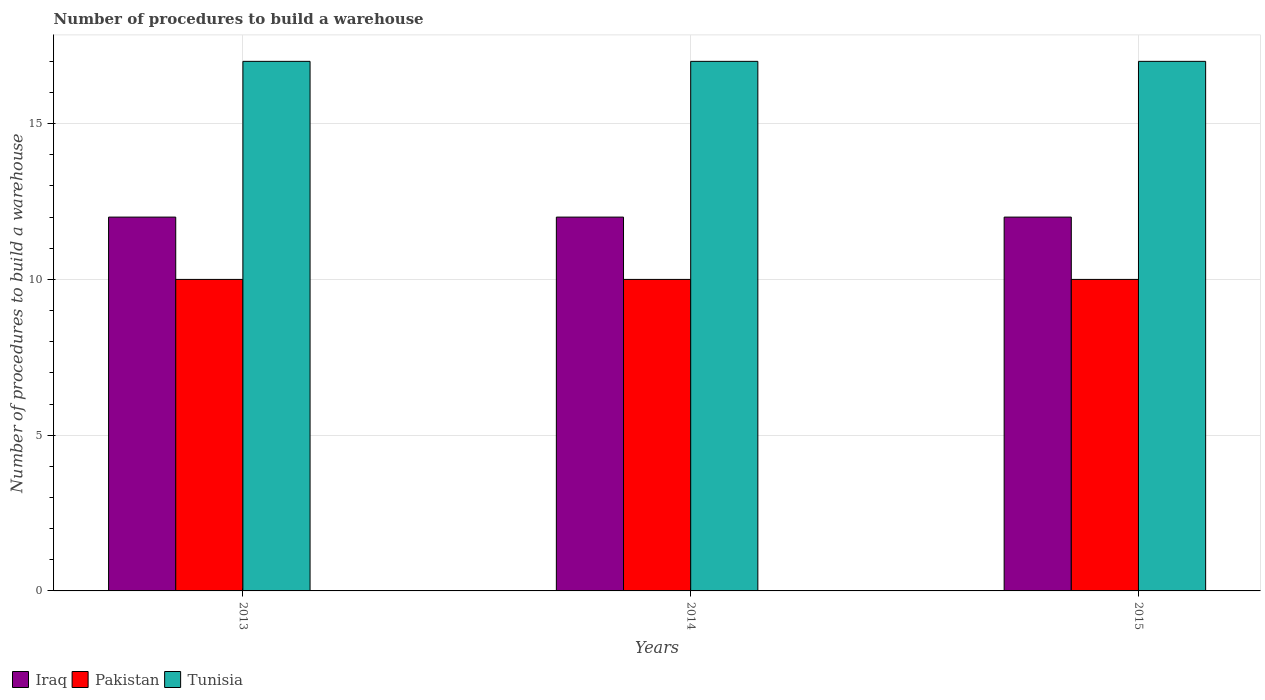
| Years | Iraq | Pakistan | Tunisia |
 | --- | --- | --- | --- |
 | 2013 | 12 | 10 | 17 |
 | 2014 | 12 | 10 | 17 |
 | 2015 | 12 | 10 | 17 |